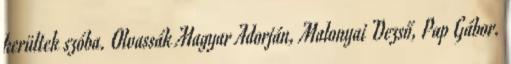
kerültek szóba. Olvassák Magyar Adorján, Malonyai Dezső, Pap Gábor.